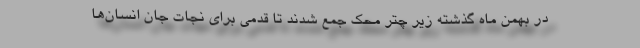
در بهمن ماه گذشته زیر چتر محک جمع شدند تا قدمی برای نجات جان انسان‌ها